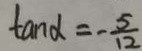
\tan \alpha = - \frac { 5 } { 1 2 }